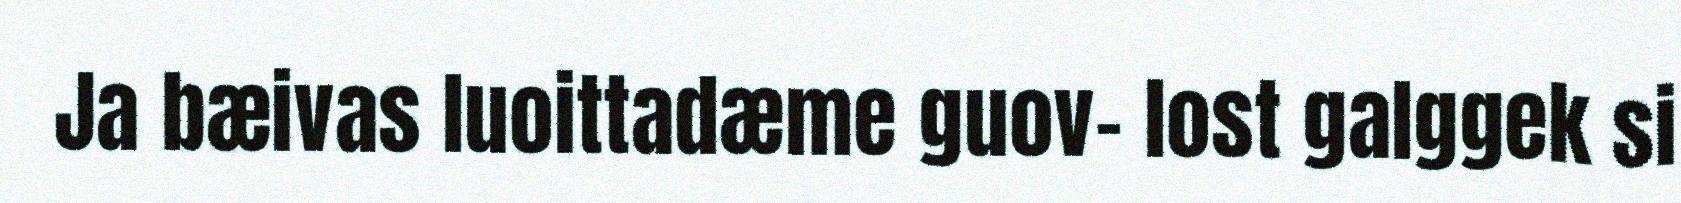
Ja bæivas luoittadæme guov- lost galggek si